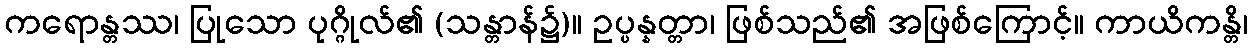
ကရောန္တဿ၊ ပြုသော ပုဂ္ဂိုလ်၏ (သန္တာန်၌)။ ဥပ္ပန္နတ္တာ၊ ဖြစ်သည်၏ အဖြစ်ကြောင့်။ ကာယိကန္တိ၊